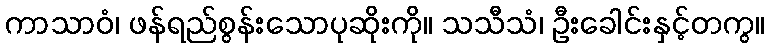
ကာသာဝံ၊ ဖန်ရည်စွန်းသောပုဆိုးကို။ သသီသံ၊ ဦးခေါင်းနှင့်တကွ။